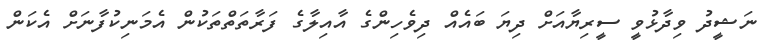
ނަޝީދު ވިދާޅުވީ ސީރިޔާއަށް ދިޔަ ބައެއް ދިވެހިންގެ އާއިލާގެ ފަރާތަތްތަކުން އެމަނިކުފާނަށް އެކަން